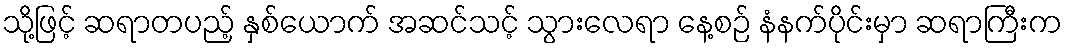
သို့ဖြင့် ဆရာတပည့် နှစ်ယောက် အဆင်သင့် သွားလေရာ နေ့စဉ် နံနက်ပိုင်းမှာ ဆရာကြီးက